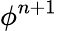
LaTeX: \phi^{n+1}